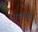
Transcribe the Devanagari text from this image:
मार्गोच्या